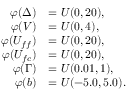
\begin{array} { r l } { \varphi ( \Delta ) } & { = U ( 0 , 2 0 ) , } \\ { \varphi ( V ) } & { = U ( 0 , 4 ) , } \\ { \varphi ( U _ { f f } ) } & { = U ( 0 , 2 0 ) , } \\ { \varphi ( U _ { f c } ) } & { = U ( 0 , 2 0 ) , } \\ { \varphi ( \Gamma ) } & { = U ( 0 . 0 1 , 1 ) , } \\ { \varphi ( b ) } & { = U ( - 5 . 0 , 5 . 0 ) . } \end{array}